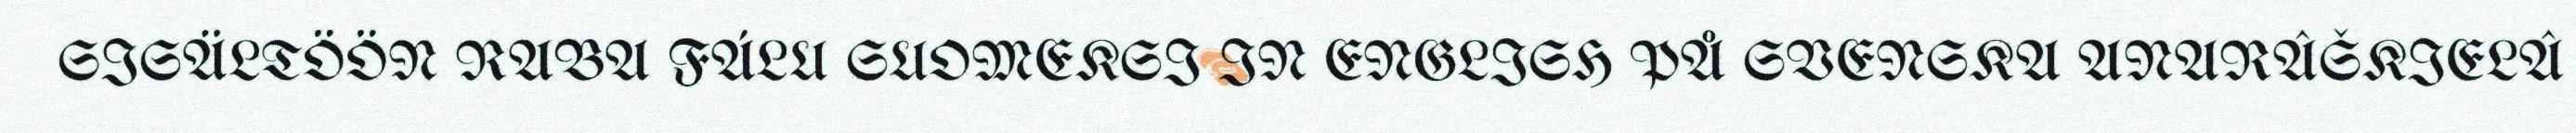
SISÄLTÖÖN RABA FÁLU SUOMEKSI IN ENGLISH PÅ SVENSKA ANARÂŠKIELÂ